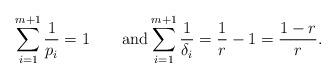
LaTeX: \begin{align*}\sum_{i=1}^{m+1}\frac1{p_i}=1\qquad\mbox{and}\sum_{i=1}^{m+1}\frac1{\delta_i}=\frac1{r}-1=\frac{1-r}{r}.\end{align*}